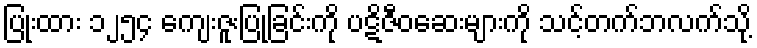
ပြုံးထား ၁၂၅၄ ကျေးဇူးပြုခြင်းကို ပဋိဇီဝဆေးများကို သင့်တက်ဘလက်သို့